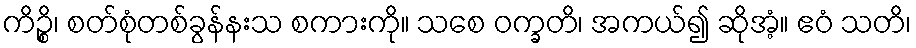
ကိဉ္စိ၊ စတ်စုံတစ်ခွန်နးသ စကားကို။ သစေ ဝက္ခတိ၊ အကယ်၍ ဆိုအံ့။ ဧဝံ သတိ၊